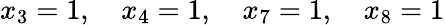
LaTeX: x_{3}=1,\quad x_{4}=1,\quad x_{7}=1,\quad x_{8}=1